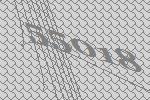
55018